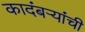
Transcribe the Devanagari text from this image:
कादंबर्‍यांंची